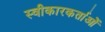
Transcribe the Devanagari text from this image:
स्वीकारकर्ताओं